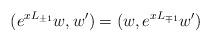
LaTeX: \begin{align*}(e^{xL_{\pm1}}w,w')=(w,e^{xL_{\mp 1}}w')\end{align*}